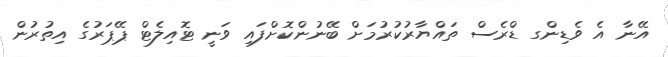
އޭނާ އެ ވެޑިންގ ޑްރެސް ތައްޔާރުކުރުމަށް ބޭނުންކޮށްފައި ވަނީ ޓޮއިލެޓް ޕޭޕަރުގެ އިތުރުން